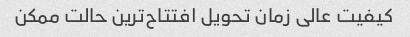
کیفیت عالی زمان تحویل افتتاح‌ترین حالت ممکن